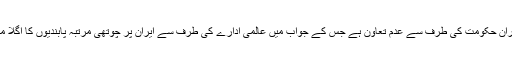
انہوں نے کہا کہ اس کی وجہ تہران حکومت کی طرف سے عدم تعاون ہے جس کے جواب میں عالمی ادارے کی طرف سے ایران پر چوتھی مرتبہ پابندیوں کا اگلا مرحلہ ہی واحد راستہ رہ جاتا ہے۔